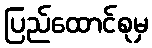
ပြည်ထောင်စုမှ